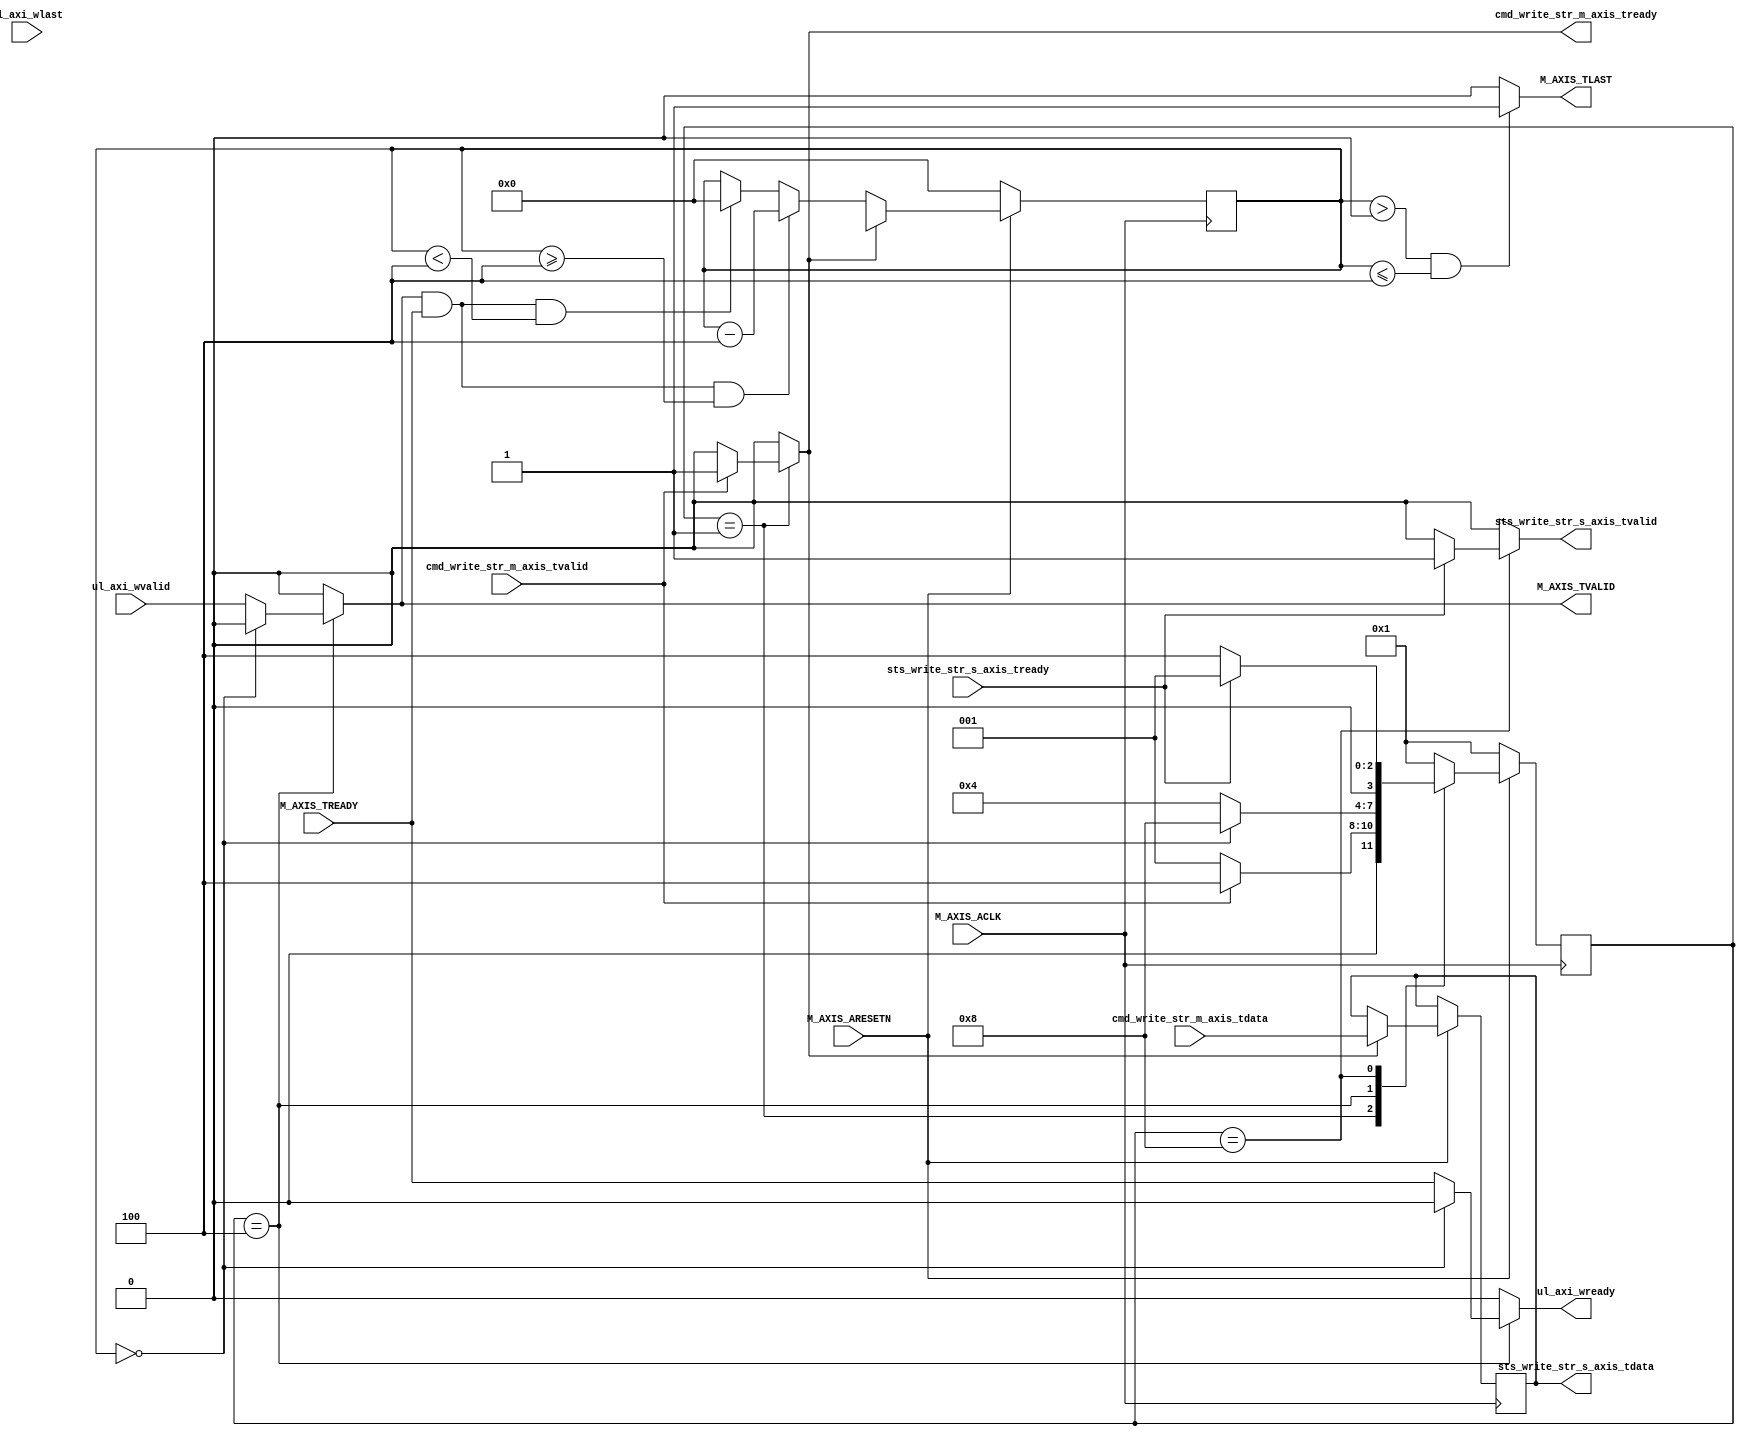
//
// Copyright (C) 2014 David de la Chevallerie, TU Darmstadt
//
// This file is part of Tapasco (TPC).
//
// Tapasco is free software: you can redistribute it and/or modify
// it under the terms of the GNU Lesser General Public License as published by
// the Free Software Foundation, either version 3 of the License, or
// (at your option) any later version.
//
// Tapasco is distributed in the hope that it will be useful,
// but WITHOUT ANY WARRANTY; without even the implied warranty of
// MERCHANTABILITY or FITNESS FOR A PARTICULAR PURPOSE.  See the
// GNU Lesser General Public License for more details.
//
// You should have received a copy of the GNU Lesser General Public License
// along with Tapasco.  If not, see <http://www.gnu.org/licenses/>.
//

`timescale 1 ns / 1 ps

	module dual_dma_v1_0_M_AXIS #
	(
		// Users to add parameters here

		parameter integer C_M_AXI_CMD_STR_WIDTH	= 32,
		parameter integer C_M_AXI_STS_STR_WIDTH	= 32,
		parameter integer C_M_AXIS_BURST_LEN	= 16,

		// User parameters ends
		// Do not modify the parameters beyond this line

		// Width of S_AXIS address bus. The slave accepts the read and write addresses of width C_M_AXIS_TDATA_WIDTH.
		parameter integer C_M_AXIS_TDATA_WIDTH	= 32,
		// Start count is the numeber of clock cycles the master will wait before initiating/issuing any transaction.
		parameter integer C_M_START_COUNT	= 32
	)
	(
		// Users to add ports here

		// signal from cmd fifo for stream
		input wire cmd_write_str_m_axis_tvalid,
		output reg cmd_write_str_m_axis_tready,
		input wire [C_M_AXI_CMD_STR_WIDTH - 1 : 0] cmd_write_str_m_axis_tdata,

		// signal from sts fifos for slave register

		output reg sts_write_str_s_axis_tvalid,
		input wire sts_write_str_s_axis_tready,
		output reg [C_M_AXI_STS_STR_WIDTH - 1 : 0] sts_write_str_s_axis_tdata,

		// signal from fifo for cdc and dwc
		output reg ul_axi_wready,
		input wire ul_axi_wvalid,
		input wire ul_axi_wlast,

		// User ports ends
		// Do not modify the ports beyond this line

		// Global ports
		input wire  M_AXIS_ACLK,
		// 
		input wire  M_AXIS_ARESETN,
		// Master Stream Ports. TVALID indicates that the master is driving a valid transfer, A transfer takes place when both TVALID and TREADY are asserted. 
		output reg  M_AXIS_TVALID,
		// TDATA is the primary payload that is used to provide the data that is passing across the interface from the master.
		//output wire [C_M_AXIS_TDATA_WIDTH-1 : 0] M_AXIS_TDATA,
		// TSTRB is the byte qualifier that indicates whether the content of the associated byte of TDATA is processed as a data byte or a position byte.
		//output wire [(C_M_AXIS_TDATA_WIDTH/8)-1 : 0] M_AXIS_TSTRB,
		// TLAST indicates the boundary of a packet.
		output reg  M_AXIS_TLAST,
		// TREADY indicates that the slave can accept a transfer in the current cycle.
		input wire  M_AXIS_TREADY
	);                                              
	                                                                                     
	// function called clogb2 that returns an integer which has the                      
	// value of the ceiling of the log base 2.                                           
	function integer clogb2 (input integer bit_depth);                                   
	  begin                                                                              
	    for(clogb2=0; bit_depth>0; clogb2=clogb2+1)                                      
	      bit_depth = bit_depth >> 1;                                                    
	  end                                                                                
	endfunction                                              

	// Add user logic here

	localparam integer BYTES_PER_BEAT = C_M_AXIS_TDATA_WIDTH/8;
	localparam integer BYTES_PER_BURST = C_M_AXIS_BURST_LEN*BYTES_PER_BEAT;

	// paramter for fsm and control unit
	localparam integer STATE_BIT_WIDTH 		= 4;
	localparam [STATE_BIT_WIDTH - 1 : 0] IDLE 	= 4'b0001;
	localparam [STATE_BIT_WIDTH - 1 : 0] BURST 	= 4'b0010;
	localparam [STATE_BIT_WIDTH - 1 : 0] WAIT 	= 4'b0100;
	localparam [STATE_BIT_WIDTH - 1 : 0] DONE 	= 4'b1000;

	reg  [STATE_BIT_WIDTH - 1 : 0] 		state_write;
	reg  [STATE_BIT_WIDTH - 1 : 0] 		next_state_write;

	reg load_write_registers;
	reg [31 : 0] write_counter;


	// switch next_state_read synchron
	always @( posedge M_AXIS_ACLK )
	begin
	  if ( M_AXIS_ARESETN == 1'b0 )
		begin
		    state_write <= IDLE;
		end
	  else
		begin
		    state_write <= next_state_write;
		end
	end

	// combinatorc logic to calculate next state_write
	// and logic to give outputs
	always @( * )
	begin
	    load_write_registers = 1'b0;
	    cmd_write_str_m_axis_tready = 1'b0;
	    sts_write_str_s_axis_tvalid = 1'b0;
	    ul_axi_wready = 1'b0;
	    M_AXIS_TVALID = 1'b0;

	    case(state_write)
		IDLE:
		    begin
			if(cmd_write_str_m_axis_tvalid == 1'b1)
			    begin				
	    			cmd_write_str_m_axis_tready = 1'b1;			
	    			load_write_registers = 1'b1;
				next_state_write = WAIT;
			    end
			else
			    begin
		    		next_state_write = IDLE;
			    end
		    end
		WAIT:
		    begin
			if(write_counter == 0)
			    begin
				next_state_write = DONE;
			    end
			else
			    begin
		    		ul_axi_wready = M_AXIS_TREADY;
		    		M_AXIS_TVALID = ul_axi_wvalid;
		    		next_state_write = WAIT;
			    end
		    end
		DONE:
		    begin
			if(sts_write_str_s_axis_tready == 1'b1)
			    begin				
	    			sts_write_str_s_axis_tvalid = 1'b1;
				next_state_write = IDLE;
			    end
			else
			    begin
		    		next_state_write = WAIT;
			    end
		    end
		default:
		    next_state_write = IDLE;
	    endcase
	end

	// count valid transfers reads
	  always @(posedge M_AXIS_ACLK)
	  begin
	    if (M_AXIS_ARESETN == 0)
	      begin
	        write_counter <= 0;
	      end
	    else
		if(load_write_registers == 1'b1)
		   begin
		      sts_write_str_s_axis_tdata <= cmd_write_str_m_axis_tdata[31:0];
		      write_counter <= cmd_write_str_m_axis_tdata[63:32];
		   end
		else if(M_AXIS_TVALID && M_AXIS_TREADY && write_counter >= BYTES_PER_BEAT)
		   begin
		      write_counter <= write_counter - BYTES_PER_BEAT;
		   end
		else if(M_AXIS_TVALID && M_AXIS_TREADY && write_counter < BYTES_PER_BEAT)
		   begin
		      write_counter <= 0;
		   end
	  end

	// output rlast if last of overall stream
	  always @(*)
	  begin
	    if(write_counter > 0 && write_counter <= BYTES_PER_BEAT)
		M_AXIS_TLAST = 1'b1;
	    else
		M_AXIS_TLAST = 1'b0;
	  end

	// User logic ends

	endmodule